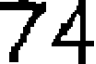
74